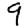
Digit: 9